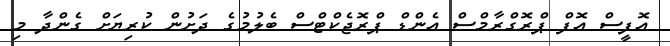
އޮފީސް އޮފް ޕްރޮގްރާމްސް އެންޑް ޕްރޮޖެކްޓްސް ބެލުމުގެ ދަށުން ކުރިޔަށް ގެންދާ މި